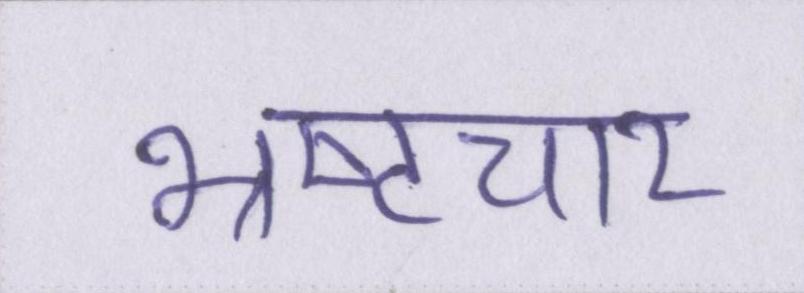
भ्रष्टचार